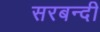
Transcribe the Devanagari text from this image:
सरबन्दी